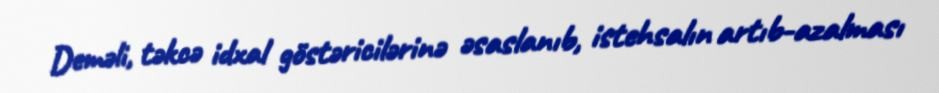
Deməli, təkcə idxal göstəricilərinə əsaslanıb, istehsalın artıb-azalması